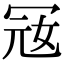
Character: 㓂